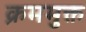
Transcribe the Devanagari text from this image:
क्रममुक्त